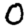
Digit: 0